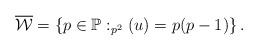
LaTeX: \begin{align*}\overline{\mathcal{W}}=\left\{ p\in \mathbb{P}:_{p^2}(u)=p(p-1)\right\}.\end{align*}